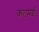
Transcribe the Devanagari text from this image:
कटमई